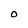
Character: o